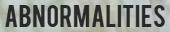
ABNORMALITIES